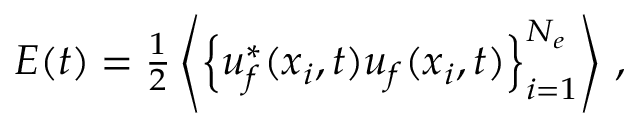
\begin{array} { r } { E ( t ) = \frac { 1 } { 2 } \left\langle \left\{ \boldsymbol { u } _ { f } ^ { * } ( \boldsymbol { x } _ { i } , t ) \boldsymbol { u } _ { f } ( \boldsymbol { x } _ { i } , t ) \right\} _ { i = 1 } ^ { N _ { e } } \right\rangle \, , } \end{array}